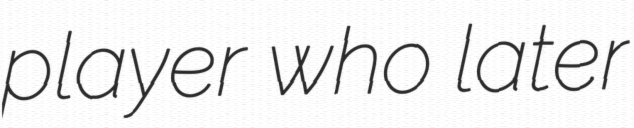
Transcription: player who later